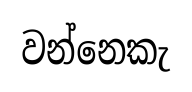
වන්නෙකැ